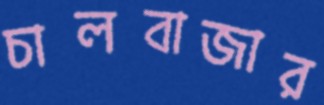
চালবাজার